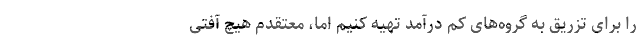
را برای تزریق به گروه‌های کم درآمد تهیه کنیم اما، معتقدم هیچ آفتی